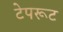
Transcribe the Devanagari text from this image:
टेपरूट